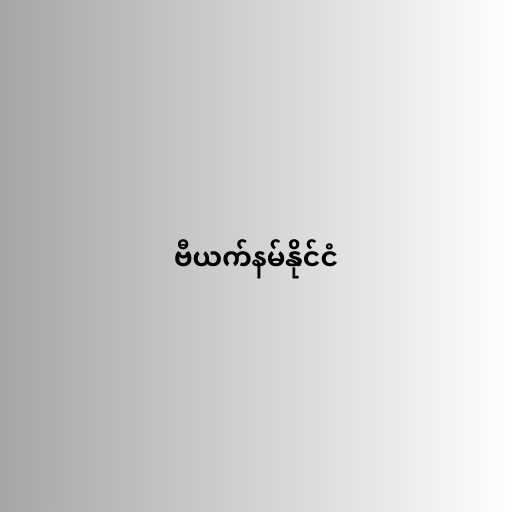
ဗီယက်နမ်နိုင်ငံ